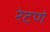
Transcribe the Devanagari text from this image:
रेटणे